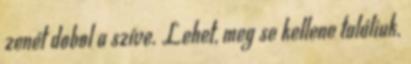
zenét dobol a szíve. Lehet, meg se kellene találiuk.